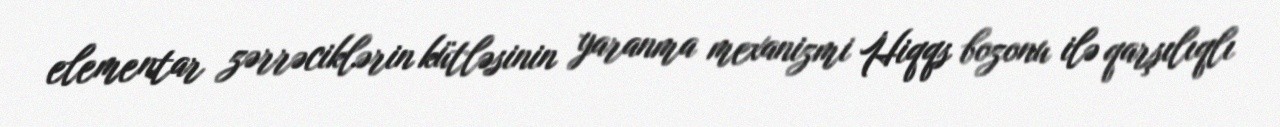
elementar zərrəciklərin kütləsinin yaranma mexanizmi Hiqqs bozonu ilə qarşılıqlı